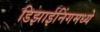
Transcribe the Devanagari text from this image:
डिझाईनिंगमध्ये